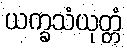
ယက္ခသံယုတ္တံ